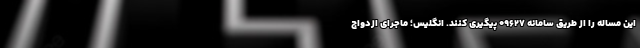
این مساله را از طریق سامانه ۰۹۶۲۷ پیگیری کنند. انگلیس؛ ماجرای ازدواج